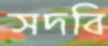
সদবি